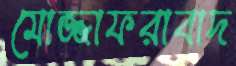
মোজ্জাফরাবাদ